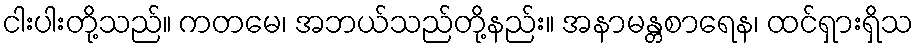
ငါးပါးတို့သည်။ ကတမေ၊ အဘယ်သည်တို့နည်း။ အနာမန္တစာရေန၊ ထင်ရှားရှိသ